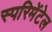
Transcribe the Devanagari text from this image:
स्परिमेंटेल